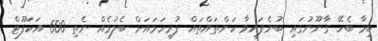
ބިމާ ބެހޭ ގާނޫނުގައި ބުނެފައިވާ ކަންތައްތައް ފުރިހަމައަށް ބެލުމެއް ނެތި 600 އަކަފޫޓް